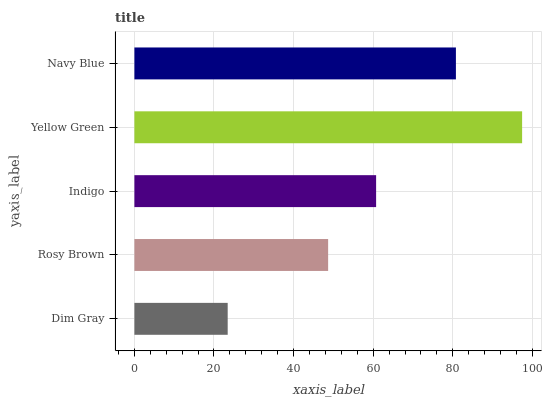
| yaxis_label | bars |
 | --- | --- |
 | Dim Gray | 23.4 |
 | Rosy Brown | 48.7 |
 | Indigo | 60.7 |
 | Yellow Green | 97.4 |
 | Navy Blue | 80.8 |